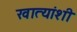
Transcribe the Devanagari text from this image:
खात्यांशी